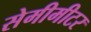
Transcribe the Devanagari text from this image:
सेमीमीटर